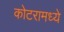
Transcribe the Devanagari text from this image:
कोटरामध्ये